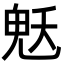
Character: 𮫜